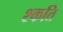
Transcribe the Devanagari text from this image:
श्कति